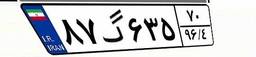
۳۷گ۷۰۱۱۴